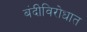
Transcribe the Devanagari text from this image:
बंदीविरोधात